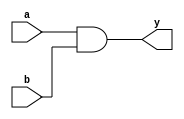
module ANDgate (a, b, y);
	input [7:0] a, b;
	output [7:0] y;

	assign y = a & b;

endmodule